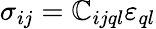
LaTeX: \sigma_{ij}=\mathbb{C}_{ijql}\varepsilon_{ql}